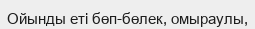
Ойынды еті бөп-бөлек, омыраулы,